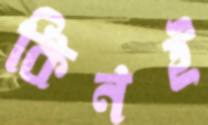
কিনই